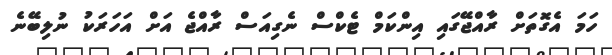
ހަމަ އެގޮތަށް ރާއްޖޭގައި އިންކަމް ޓެކްސް ނެގިއަސް ރާއްޖެ އަށް އަހަރަކު ނުލިބޭނެ